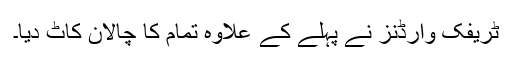
ٹریفک وارڈنز نے پہلے کے علاوہ تمام کا چالان کاٹ دیا۔